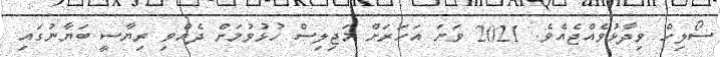
ސޯލިހް ވިދާޅުވެއްޖެއެވެ. 2021 ވަނަ އަހަރަށް މަޖިލިސް ހުޅުވުމަށް ދެއްވި ރިޔާސީ ބަޔާނުގައި